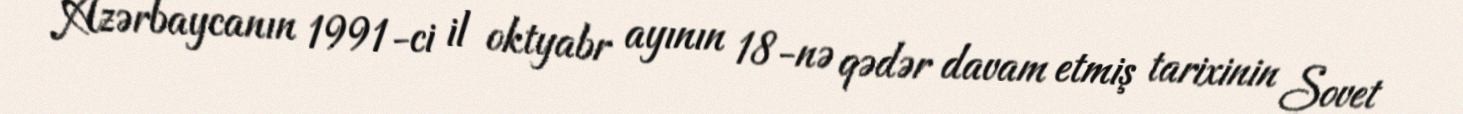
Azərbaycanın 1991-ci il oktyabr ayının 18-nə qədər davam etmiş tarixinin Sovet